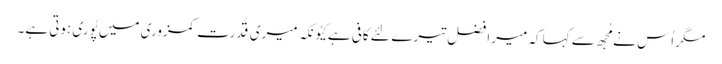
مگر اُس نے مُجھ سے کہا کہ میرا فضل تیرے لِئے کافی ہے کِیُونکہ میری قُدرت کمزوری میں پُوری ہوتی ہے۔